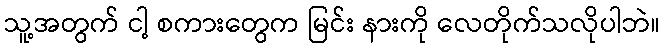
သူ့အတွက် ငါ့ စကားတွေက မြင်း နားကို လေတိုက်သလိုပါဘဲ။